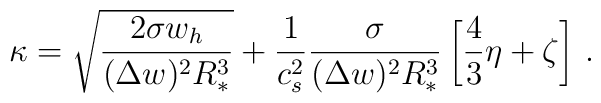
\kappa = \sqrt{\frac{2 \sigma w_h}{(\Delta w)^2 R_*^3}}+ \frac{1}{c_s^2}  \frac{\sigma}{(\Delta w)^2 R_*^3} \left[ \frac{4}{3}\eta + \zeta \right]\, .